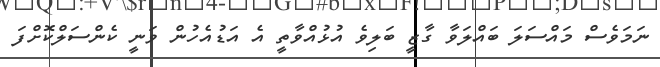
ނަމަވެސް މައްސަލަ ބައްލަވާ ގާޒީ ބަލިވެ އުޅުއްވާތީ އެ އަޑުއެހުން ވަނީ ކެންސަލްކޮށްފަ